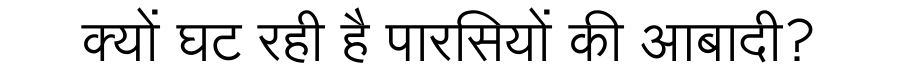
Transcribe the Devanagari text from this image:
क्यों घट रही है पारसियों की आबादी?